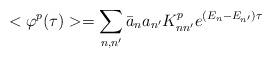
LaTeX: \begin{align*}<\varphi^p(\tau)>=\sum_{n,n'}\bar a_na_{n'}K^p_{nn'}e^{(E_n-E_{n'})\tau}\end{align*}